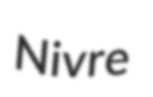
Nivre